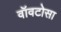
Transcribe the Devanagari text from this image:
वॉवटोसा